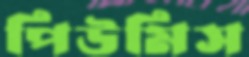
পিউমিস